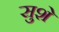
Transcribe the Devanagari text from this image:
सुशे